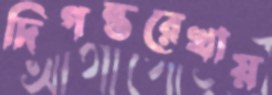
দিগন্তরেখায়